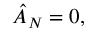
\hat { A } _ { N } = 0 ,